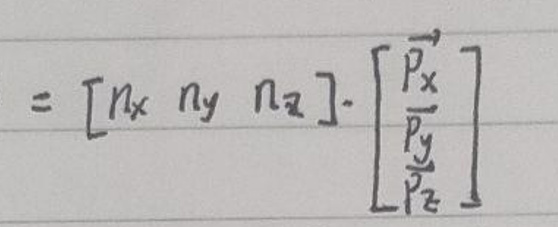
\[
= \begin{bmatrix} n_x & n_y & n_z \end{bmatrix} \cdot \begin{bmatrix} \overrightarrow{p_x} \\ \overrightarrow{p_y} \\ \overrightarrow{p_z} \end{bmatrix}
\]